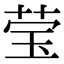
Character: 莹